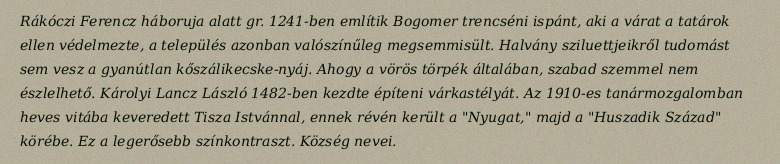
Rákóczi Ferencz háboruja alatt gr. 1241-ben említik Bogomer trencséni ispánt, aki a várat a tatárok ellen védelmezte, a település azonban valószínűleg megsemmisült. Halvány sziluettjeikről tudomást sem vesz a gyanútlan kőszálikecske-nyáj. Ahogy a vörös törpék általában, szabad szemmel nem észlelhető. Károlyi Lancz László 1482-ben kezdte építeni várkastélyát. Az 1910-es tanármozgalomban heves vitába keveredett Tisza Istvánnal, ennek révén került a "Nyugat," majd a "Huszadik Század" körébe. Ez a legerősebb színkontraszt. Község nevei.